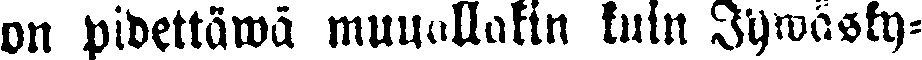
on pidettäwä muuallakin kuin Jywäsky-